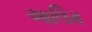
આલિમ